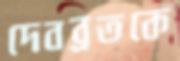
দেবব্রতকে